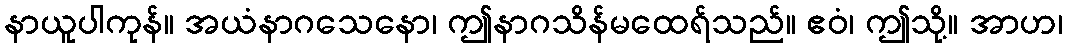
နာယူပါကုန်။ အယံနာဂသေနော၊ ဤနာဂသိန်မထေရ်သည်။ ဧဝံ၊ ဤသို့။ အာဟ၊